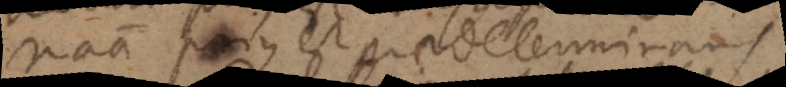
natura prius est praedeterminans.